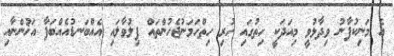
އެ މަނިކުފާނު ވިދާޅުވީ މިއަދަކީ ހިތުގައި ހުރި ހިތްހަމަނުޖެހުންތައް ފިލުވާލައި އެއްބަނޑުއެއްބަފާ އަޚުންނާއި